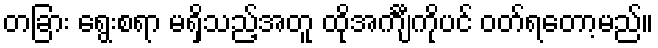
တခြား ရွေးစရာ မရှိသည့်အတူ ထိုအင်္ကျီကိုပင် ဝတ်ရတော့မည်။